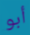
أبو